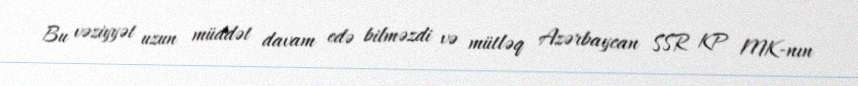
Bu vəziyyət uzun müddət davam edə bilməzdi və mütləq Azərbaycan SSR KP MK-nın